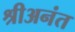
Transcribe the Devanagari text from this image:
श्रीअनंत